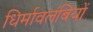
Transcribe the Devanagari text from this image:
धिर्मावलंबियों